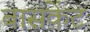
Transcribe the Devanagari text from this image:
बासकेंट